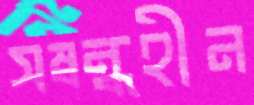
সম্বন্ধহীন